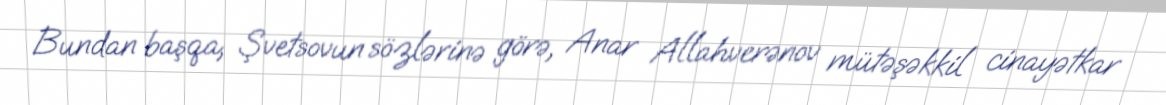
Bundan başqa, Şvetsovun sözlərinə görə, Anar Allahverənov mütəşəkkil cinayətkar